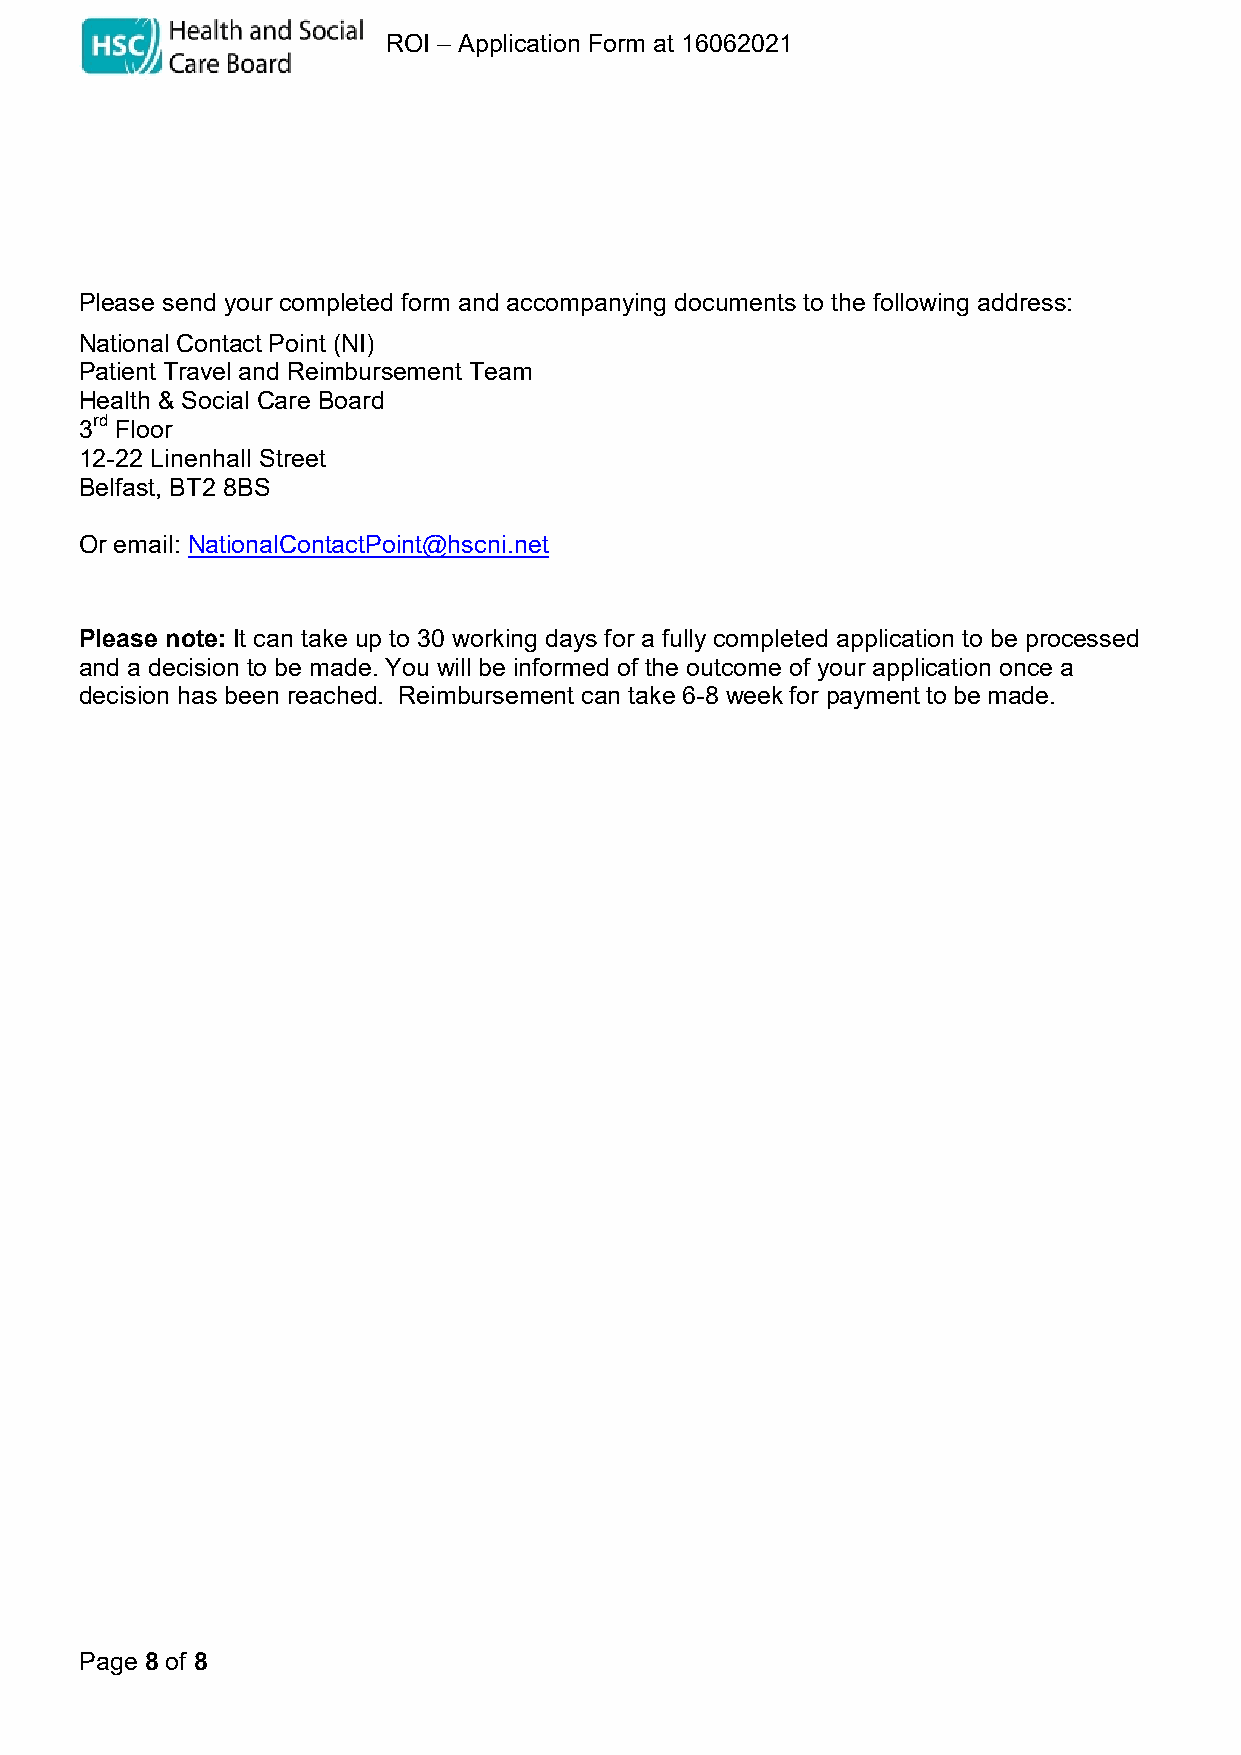
Funding for treatment in ROI – Application Form at 16062021
 Please send your completed form and accompanying documents to the following address:
 National Contact Point (NI)
 Patient Travel and Reimbursement Team
 Health & Social Care Board
 3rd Floor
 12-22 Linenhall Street
 Belfast, BT2 8BS
 Or email: NationalContactPoint@hscni.net
 Please note: It can take up to 30 working days for a fully completed application to be processed
 and a decision to be made. You will be informed of the outcome of your application once a
 decision has been reached. Reimbursement can take 6-8 week for payment to be made.
 Page 8 of 8